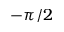
- \pi / 2